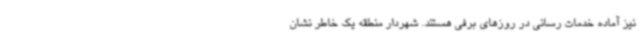
نیز آماده خدمات رسانی در روزهای برفی هستند. شهردار منطقه یک خاطر نشان